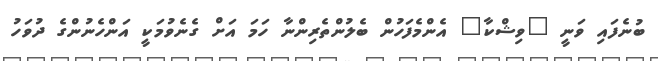
ބުނެފައި ވަނީ "ވިޝްކާ" އެންމެފަހުން ބެލުންތެރިންނާ ހަމަ އަށް ގެނެވުމަކީ އަންހެނުންގެ ދުވަހު